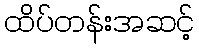
ထိပ်တန်းအဆင့်